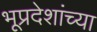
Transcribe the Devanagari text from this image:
भूप्रदेशांच्या